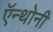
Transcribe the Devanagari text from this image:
ऍन्थोनी